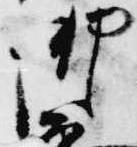
御